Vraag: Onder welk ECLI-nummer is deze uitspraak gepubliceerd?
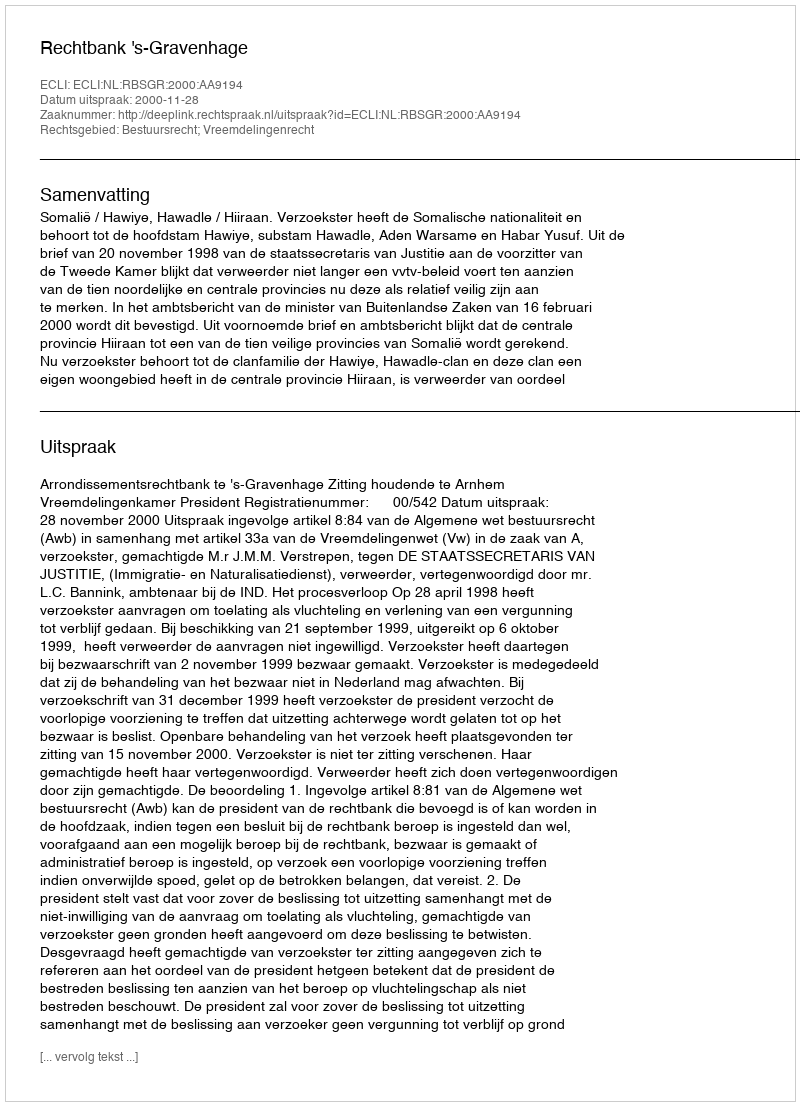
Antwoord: ECLI:NL:RBSGR:2000:AA9194